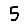
Digit: 5